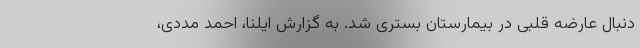
دنبال عارضه قلبی در بیمارستان بستری شد. به گزارش ایلنا، احمد مددی،